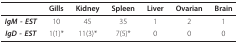
<table><thead><tr><td></td><td><b>Gills</b></td><td><b>Kidney</b></td><td><b>Spleen</b></td><td><b>Liver</b></td><td><b>Ovarian</b></td><td><b>Brain</b></td></tr></thead><tbody><tr><td><b><i>IgM - EST</i></b></td><td>10</td><td>45</td><td>35</td><td>1</td><td>2</td><td>1</td></tr><tr><td><b><i>IgD - EST</i></b></td><td>1(1)*</td><td>11(3)*</td><td>7(5)*</td><td>0</td><td>0</td><td>0</td></tr></tbody></table>